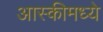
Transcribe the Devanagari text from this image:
आस्कीमध्ये